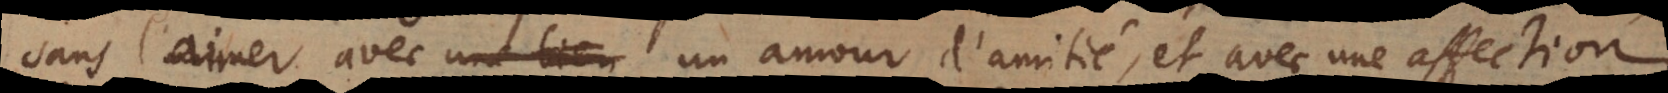
sans l’aimer avec un amour d’amitié, et avec une affection